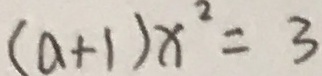
( a + 1 ) x ^ { 2 } = 3